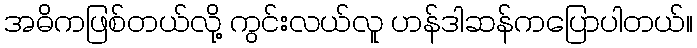
အဓိကဖြစ်တယ်လို့ ကွင်းလယ်လူ ဟန်ဒါဆန်ကပြောပါတယ်။